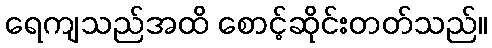
ရေကျသည်အထိ စောင့်ဆိုင်းတတ်သည်။